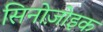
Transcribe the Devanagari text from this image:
सिनोज़ोइक